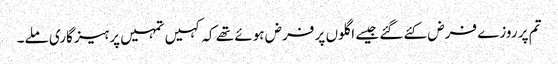
تم پر روزے فرض کئے گئے جیسے اگلوں پر فرض ہوئے تھے کہ کہیں تمہیں پرہیزگاری ملے۔